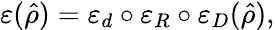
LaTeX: \varepsilon(\hat{\rho})=\varepsilon_{d}\circ\varepsilon_{R}\circ\varepsilon_{D}(\hat{\rho}),